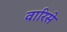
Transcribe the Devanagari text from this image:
वारिसे